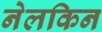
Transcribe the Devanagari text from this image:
नेलकिन